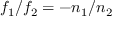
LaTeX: f _ { 1 } / f _ { 2 } = - n _ { 1 } / n _ { 2 }